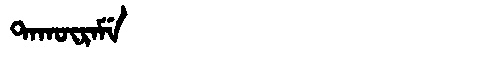
Manchu: ᡨᠠᡴᡡᡵᠠᠮᡝ
Romanization: TAKŪRAME